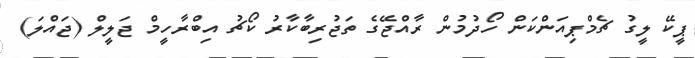
ޕީކޭ ލީގު ޗެމްޕިއަންކަން ހޯދުމުން ރާއްޖޭގެ ތަޖުރިބާކާރު ކޯޗު އިބްރާހީމް ޖަލީލް (ޖައްލަ)